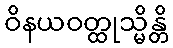
ဝိနယဝတ္ထုသ္မိန္တိ